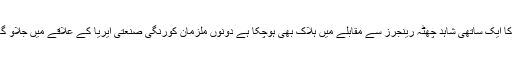
ملزم عدیل دو افراد کو اغوء کے بعد فائرنگ کرکے قتل کرنے میں ملوث ہے ملزم کا ایک ساتھی شاہد چھٹہ رینجرز سے مقابلے میں ہلاک بھی ہوچکا ہے دونوں ملزمان کورنگی صنعتی ایریا کے علاقے میں جلاو گھیراو اور لوٹ مار کی و ارداتوں میں ملوث ہیں ملزمان سے مزید تفتیش جاری ہے۔